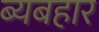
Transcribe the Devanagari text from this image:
ब्यबहार